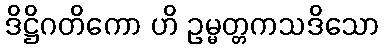
ဒိဋ္ဌိဂတိကော ဟိ ဥမ္မတ္တကသဒိသော